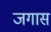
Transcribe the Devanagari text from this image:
जगास